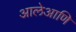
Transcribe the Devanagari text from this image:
आलेआणि